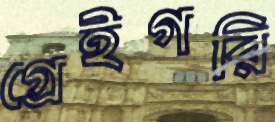
গ্রেইগরি